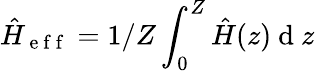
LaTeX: \hat{H}_{\mathrm{~e~f~f~}}=1/Z\int_{0}^{Z}\hat{H}(z)\mathrm{~d~}z